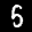
Label: 5